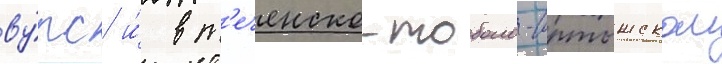
ву́рс и́ в т'еченско-тоболо-иртышском